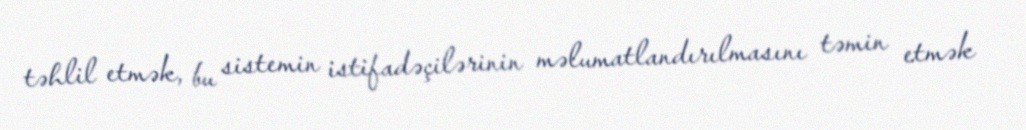
təhlil etmək, bu sistemin istifadəçilərinin məlumatlandırılmasını təmin etmək